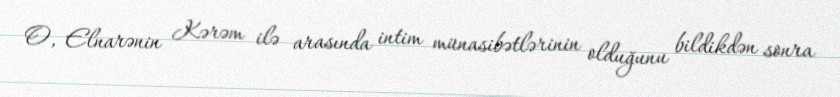
O, Elnarənin Kərəm ilə arasında intim münasibətlərinin olduğunu bildikdən sonra